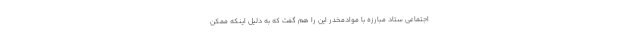
اجتماعی ستاد مبارزه با موادمخدر این را هم گفت که به دلیل اینکه ممکن